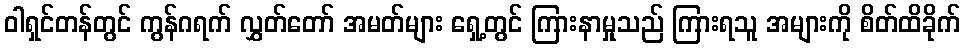
ဝါရှင်တန်တွင် ကွန်ဂရက် လွှတ်တော် အမတ်များ ရှေ့တွင် ကြားနာမှုသည် ကြားရသူ အများကို စိတ်ထိခိုက်